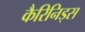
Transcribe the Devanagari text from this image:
कैरिनिड्स